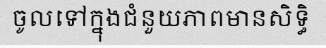
ចូលទៅក្នុងជំនួយភាពមានសិទ្ធិ